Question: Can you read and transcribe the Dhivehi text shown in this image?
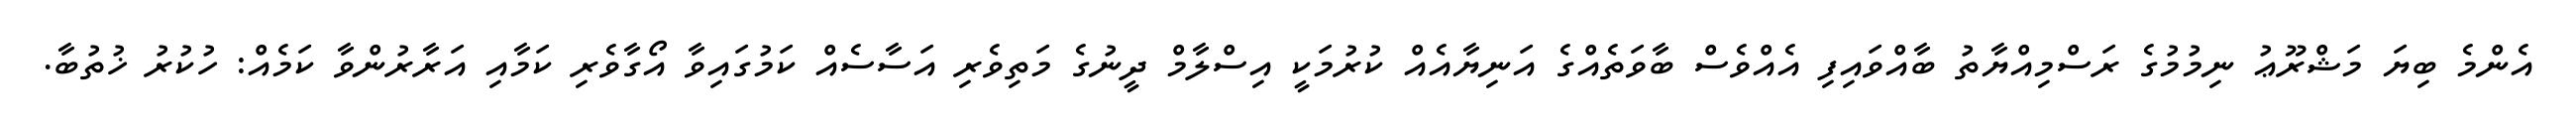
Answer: އެންމެ ބިޔަ މަޝްރޫޢު ނިމުމުގެ ރަސްމިއްޔާތު ބާއްވައިފި އެއްވެސް ބާވަތެއްގެ އަނިޔާއެއް ކުރުމަކީ އިސްލާމް ދީނުގެ މަތިވެރި އަސާސެއް ކަމުގައިވާ އޯގާވެރި ކަމާއި އަރާރުންވާ ކަމެއް: ހުކުރު ޚުތުބާ.